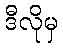
ဒီလိုမှ